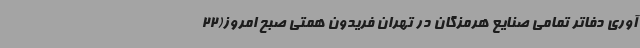
آوری دفاتر تمامی صنایع هرمزگان در تهران فریدون همتی صبح امروز(22